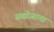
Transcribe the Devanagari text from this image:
सद्योजाता